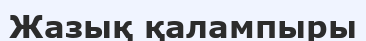
Жазық қалампыры